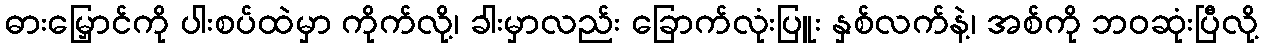
ဓားမြှောင်ကို ပါးစပ်ထဲမှာ ကိုက်လို့၊ ခါးမှာလည်း ခြောက်လုံးပြူး နှစ်လက်နဲ့၊ အစ်ကို ဘဝဆုံးပြီလို့